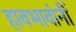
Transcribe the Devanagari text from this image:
हावभावांनीं